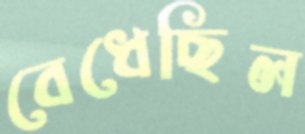
বেধেছিল